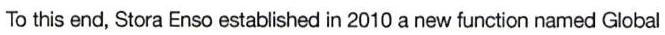
To this end, Stora Enso established in 2010 a new function named Global